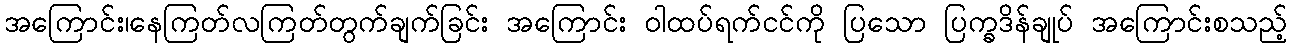
အကြောင်း၊နေကြတ်လကြတ်တွက်ချက်ခြင်း အကြောင်း ဝါထပ်ရက်ငင်ကို ပြသော ပြက္ခဒိန်ချုပ် အကြောင်းစသည့်